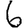
Digit: 6